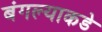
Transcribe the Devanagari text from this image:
बंगल्याकडे